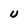
Character: U